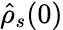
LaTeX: \hat{\rho}_{s}(0)